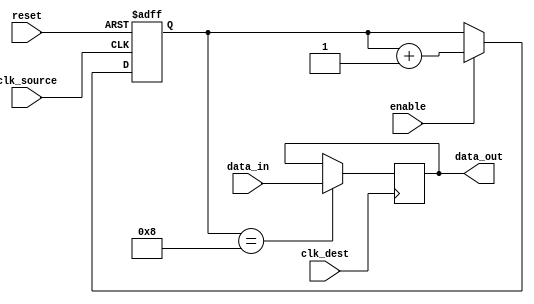
module Latch_Delay (
    input wire clk_source,
    input wire clk_dest,
    input wire reset,
    input wire enable,
    input wire data_in,
    output reg data_out
);

reg [7:0] delay_count;

always @(posedge clk_source or posedge reset) begin
    if (reset) begin
        delay_count <= 0;
    end else if (enable) begin
        delay_count <= delay_count + 1;
    end
end

always @(posedge clk_dest) begin
    if (delay_count == 8) begin
        data_out <= data_in;
    end
end

endmodule